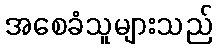
အစေခံသူများသည်